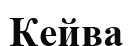
Кейва